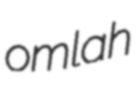
omlah